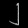
Digit: ၂